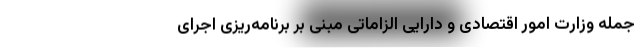
جمله وزارت امور اقتصادی و دارایی الزاماتی مبنی بر برنامه‌ریزی اجرای